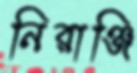
নিরাঞ্জি